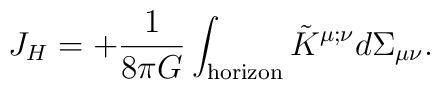
J_H = +{1\over8\pi G} \int_{\rm horizon} \tilde K^{\mu;\nu} d\Sigma_{\mu\nu}.